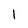
Character: l